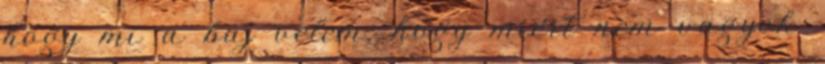
hogy mi a baj velem, hogy miért nem vagyok